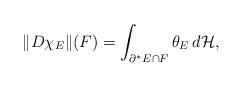
LaTeX: \begin{align*}\Vert D\chi_{E}\Vert(F)=\int_{\partial^{*}E\cap F}\theta_E\,d\mathcal H,\end{align*}